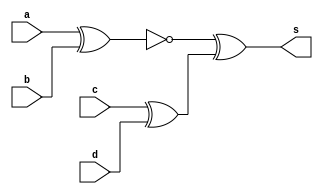
//-------------------------------
//Guia 01 .
//Larissa Fernades Leijoto-410476
//-------------------------------


//------------------------------
// --XNOR gate----
//------------------------------

module xnorgate (s,a,b,c,d);
output s;
input a,b,c,d;

assign s = ~( a ^ b) ^(c ^ d);

endmodule // xnorgate

//-----------------------------
//--Teste XNOR gate
//-----------------------------

module testxnorgate;
 reg   a, b, c,d;
 wire  s;
          // instancia
 xnorgate XNOR1 (s, a, b, c,d);
 
          // parte principal
 initial begin
      $display("Guia01/Exercicio3 - Larissa Fernandes Leijoto - 410476");
      $display("Test XNOR gate");
      $display("\na ^ b ^ c = s\n");
      a=0; b=0;c=0;d=0;
  #1  $display("%b ^ %b ^ %b ^ %b = %b", a, b, c, d, s);
      a=0; b=0;c=0;d=1;
  #1  $display("%b ^ %b ^ %b ^ %b = %b", a, b, c, d, s);
      a=0; b=0;c=1;d=0;
  #1  $display("%b ^ %b ^ %b ^ %b = %b", a, b, c, d, s);
      a=0; b=0;c=1;d=1;
  #1  $display("%b ^ %b ^ %b ^ %b = %b", a, b, c, d, s);
      a=0;b=1;c=0;d=0;
  #1  $display("%b ^ %b ^ %b ^ %b = %b", a, b, c, d, s);
      a=0; b=1;c=0;d=1;
  #1  $display("%b ^ %b ^ %b ^ %b = %b", a, b, c, d, s);
      a=0; b=1;c=1;d=0;
  #1  $display("%b ^ %b ^ %b ^ %b = %b", a, b, c, d, s);
      a=0; b=1;c=1;d=1;
  #1  $display("%b ^ %b ^ %b ^ %b = %b", a, b, c, d, s);
      a=1; b=0;c=0;d=0;
  #1  $display("%b ^ %b ^ %b ^ %b = %b", a, b, c, d, s);
      a=1; b=0;c=0;d=1;
  #1  $display("%b ^ %b ^ %b ^ %b = %b", a, b, c, d, s);
      a=1; b=0;c=1;d=0;
  #1  $display("%b ^ %b ^ %b ^ %b = %b", a, b, c, d, s);
      a=1;b=0;c=1;d=1;
  #1  $display("%b ^ %b ^ %b ^ %b = %b", a, b, c, d, s);
      a=1; b=1;c=0;d=0;
  #1  $display("%b ^ %b ^ %b ^ %b = %b", a, b, c, d, s);
      a=1; b=1;c=0;d=1;
  #1  $display("%b ^ %b ^ %b ^ %b = %b", a, b, c, d, s);
      a=1; b=1;c=1;d=0;
  #1  $display("%b ^ %b ^ %b ^ %b = %b", a, b, c, d, s);
      a=1; b=1;c=1;d=1;
  #1  $display("%b ^ %b ^ %b ^ %b = %b", a, b, c, d, s);

   end

endmodule // testnorgate